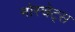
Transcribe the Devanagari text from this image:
मोस्चेट्स